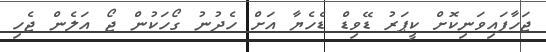
ޖަހާފައިވަނިކޮށް ކީޕަރު ޑޭވިޑް ޑެހެޔާ އަށް ހެދުނު ގޯހަކުން ޖޯ އަލެން ޖެހި